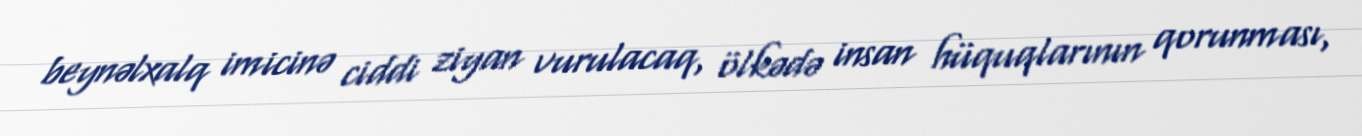
beynəlxalq imicinə ciddi ziyan vurulacaq, ölkədə insan hüquqlarının qorunması,